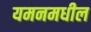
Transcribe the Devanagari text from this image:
यमनमधील